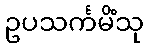
ဥပသင်္ကမိံသု